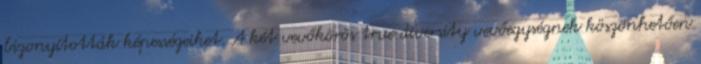
bizonyították képességeiket. A két vevőkörös true diversity vevőegységnek köszönhetően